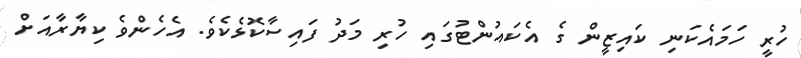
ހުރީ ހަމައެކަނި ކައިޒީން ގެ އެކައުންޓުގައި ހުރި މަދު ފައިސާކޮޅެކެވެ. އެހެންވެ ކިޔާރާއަށް